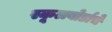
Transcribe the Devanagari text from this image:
स्कूलबोर्डाचे